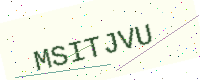
Text: MSITJVU